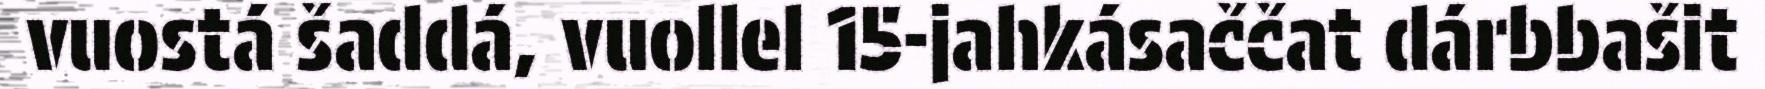
vuostá šaddá, vuollel 15-jahkásaččat dárbbašit